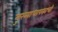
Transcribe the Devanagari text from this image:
मुख्याधापकाची